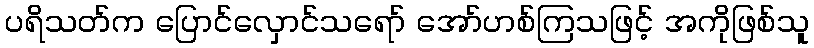
ပရိသတ်က ပြောင်လှောင်သရော် အော်ဟစ်ကြသဖြင့် အကိုဖြစ်သူ